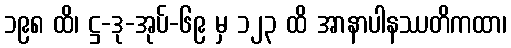
၁၉၈ ထိ၊ ဋ္ဌ-ဒု-အုပ်-၆၉ မှ ၁၂၃ ထိ အာနာပါနဿတိကထာ၊